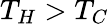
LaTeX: T_{H}>T_{C}